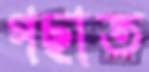
গছাত